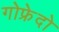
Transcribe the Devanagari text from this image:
गोफ्रेदो